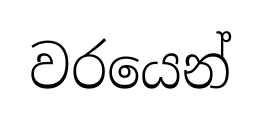
වරයෙන්